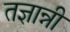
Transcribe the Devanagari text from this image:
तज्ञान्नी